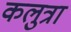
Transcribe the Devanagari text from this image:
कलुत्रा